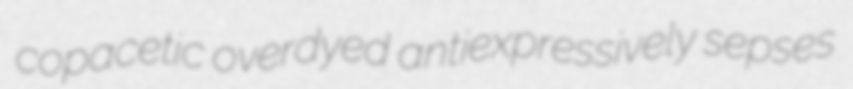
copacetic overdyed antiexpressively sepses